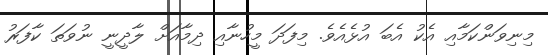
މިނިވަންކަމާއި އެކު އެބަ އުޅެއެވެ. މިފަދަ މީހުނާއި ދިމާއަށް ލާދީނީ ނުވަތަ ކާފަރު